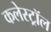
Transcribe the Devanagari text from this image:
कलेस्ट्रॉल